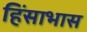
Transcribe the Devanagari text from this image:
हिंसाभास